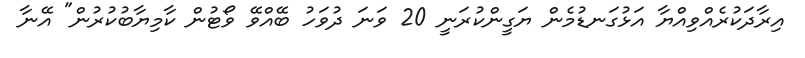
އިރާދަކުރެއްވިއްޔާ އަޅުގަނޑުމެން ޔަގީންކުރަނީ 20 ވަނަ ދުވަހު ބޭއްވޭ ވޯޓުން ކާމިޔާބުކުރުން" އޭނާ